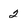
Character: 2